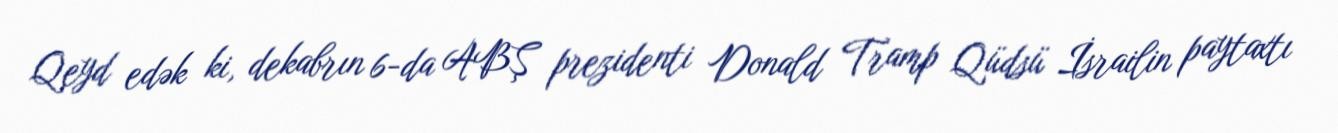
Qeyd edək ki, dekabrın 6-da ABŞ prezidenti Donald Tramp Qüdsü İsrailin paytaxtı